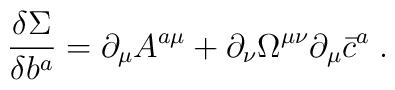
\frac{\delta \Sigma }{\delta b^a}=\partial _\mu A^{a\mu }+\partial _\nu\Omega ^{\mu \nu }\partial _\mu \bar{c}^a\;.